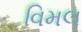
વિમલ